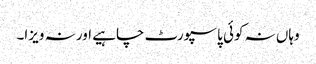
وہاں نہ کوئی پاسپورٹ چاہیے اور نہ ویزا۔